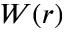
W ( r )